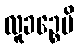
လူခဉ္စေပိ